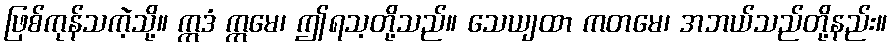
ဖြစ်ကုန်သကဲ့သို့။ ဣဒံ ဣမေ၊ ဤရသ့တို့သည်။ သေယျထာ ကတမေ၊ အဘယ်သည်တို့နည်း။